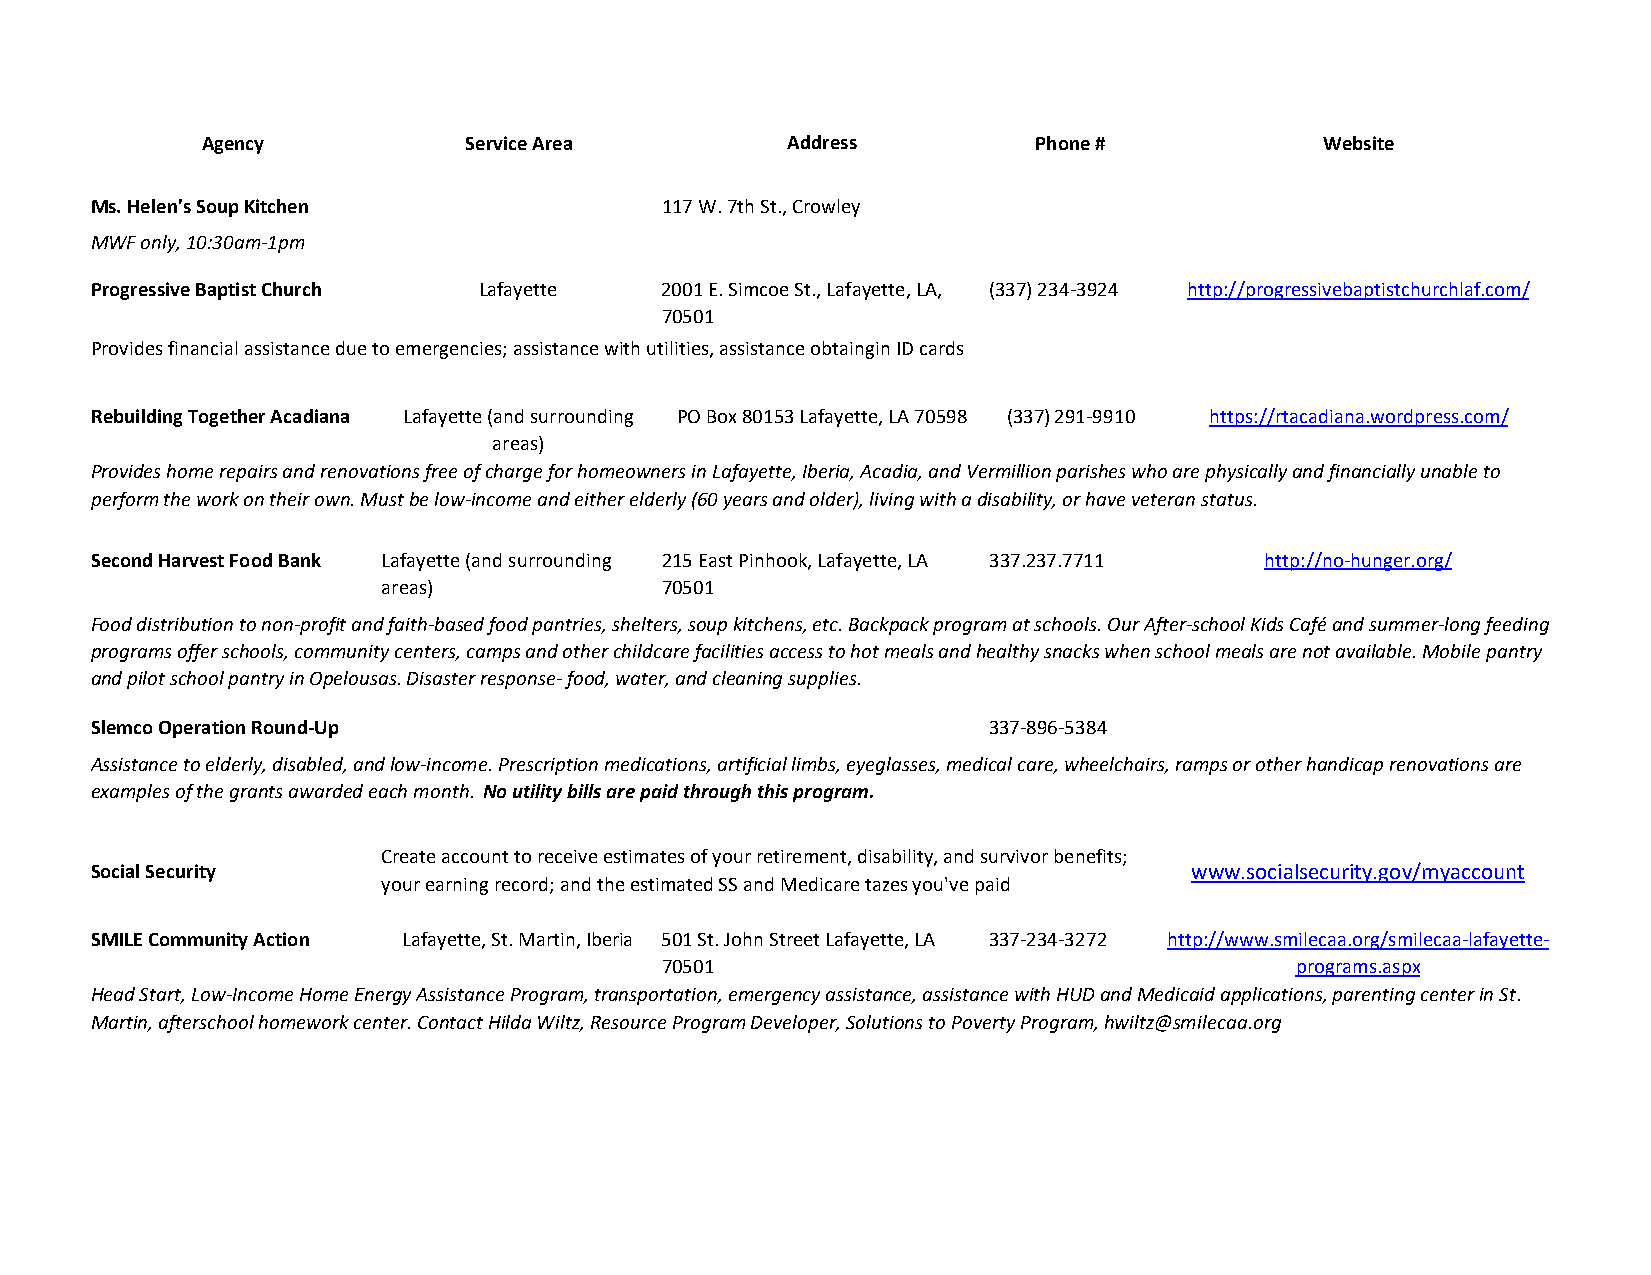
Agency            Service Area         Address          Phone #            Website
 Ms. Helen's Soup Kitchen              117 W. 7th St., Crowley
 MWF only, 10:30am-1pm
 Progressive Baptist Church Lafayette  2001 E. Simcoe St., Lafayette, LA, (337) 234-3924 http://progressivebaptistchurchlaf.com/
 70501
 Provides financial assistance due to emergencies; assistance with utilities, assistance obtaingin ID cards
 Rebuilding Together Acadiana Lafayette (and surrounding PO Box 80153 Lafayette, LA 70598 (337) 291-9910 https://rtacadiana.wordpress.com/
 areas)
 Provides home repairs and renovations free of charge for homeowners in Lafayette, Iberia, Acadia, and Vermillion parishes who are physically and financially unable to
 perform the work on their own. Must be low-income and either elderly (60 years and older), living with a disability, or have veteran status.
 Second Harvest Food Bank Lafayette (and surrounding 215 East Pinhook, Lafayette, LA 337.237.7711 http://no-hunger.org/
 areas)             70501
 Food distribution to non-profit and faith-based food pantries, shelters, soup kitchens, etc. Backpack program at schools. Our After-school Kids Café and summer-long feeding
 programs offer schools, community centers, camps and other childcare facilities access to hot meals and healthy snacks when school meals are not available. Mobile pantry
 and pilot school pantry in Opelousas. Disaster response- food, water, and cleaning supplies.
 Slemco Operation Round-Up                                  337-896-5384
 Assistance to elderly, disabled, and low-income. Prescription medications, artificial limbs, eyeglasses, medical care, wheelchairs, ramps or other handicap renovations are
 examples of the grants awarded each month. No utility bills are paid through this program.
 Create account to receive estimates of your retirement, disability, and survivor benefits;
 Social Security                                                          www.socialsecurity.gov/myaccount
 your earning record; and the estimated SS and Medicare tazes you've paid
 SMILE Community Action Lafayette, St. Martin, Iberia 501 St. John Street Lafayette, LA 337-234-3272 http://www.smilecaa.org/smilecaa-lafayette-
 70501                                     programs.aspx
 Head Start, Low-Income Home Energy Assistance Program, transportation, emergency assistance, assistance with HUD and Medicaid applications, parenting center in St.
 Martin, afterschool homework center. Contact Hilda Wiltz, Resource Program Developer, Solutions to Poverty Program, hwiltz@smilecaa.org